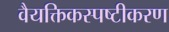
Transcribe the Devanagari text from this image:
वैयक्तिकस्पष्टीकरण